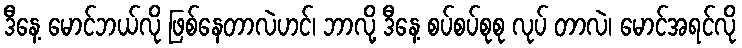
ဒီနေ့ မောင်ဘယ်လို ဖြစ်နေတာလဲဟင်၊ ဘာလို့ ဒီနေ့ စပ်စပ်စုစု လုပ် တာလဲ၊ မောင်အရင်လို